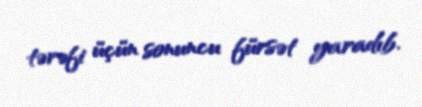
tərəfi üçün sonuncu fürsət yaradıb.